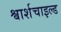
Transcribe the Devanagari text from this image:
श्वार्शचाइल्ड